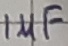
Text: 1µF